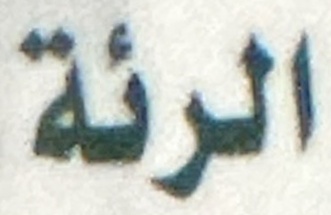
الرئة